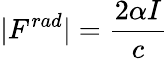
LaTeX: |F^{rad}|={\frac{2\alpha I}{c}}